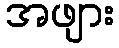
အဖျား